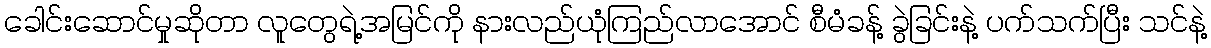
ခေါင်းဆောင်မှုဆိုတာ လူတွေရဲ့အမြင်ကို နားလည်ယုံကြည်လာအောင် စီမံခန့် ခွဲခြင်းနဲ့ ပက်သက်ပြီး သင်နဲ့